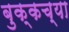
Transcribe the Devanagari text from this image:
बुक्कच्या